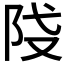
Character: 𨸽